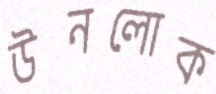
উনলোক